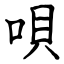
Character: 唄